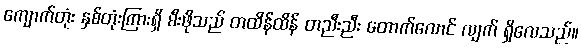
ကျောက်တုံး နှစ်တုံးကြားရှိ မီးဖိုသည် တထိန်ထိန် တညီးညီး တောက်လောင် လျက် ရှိလေသည်။